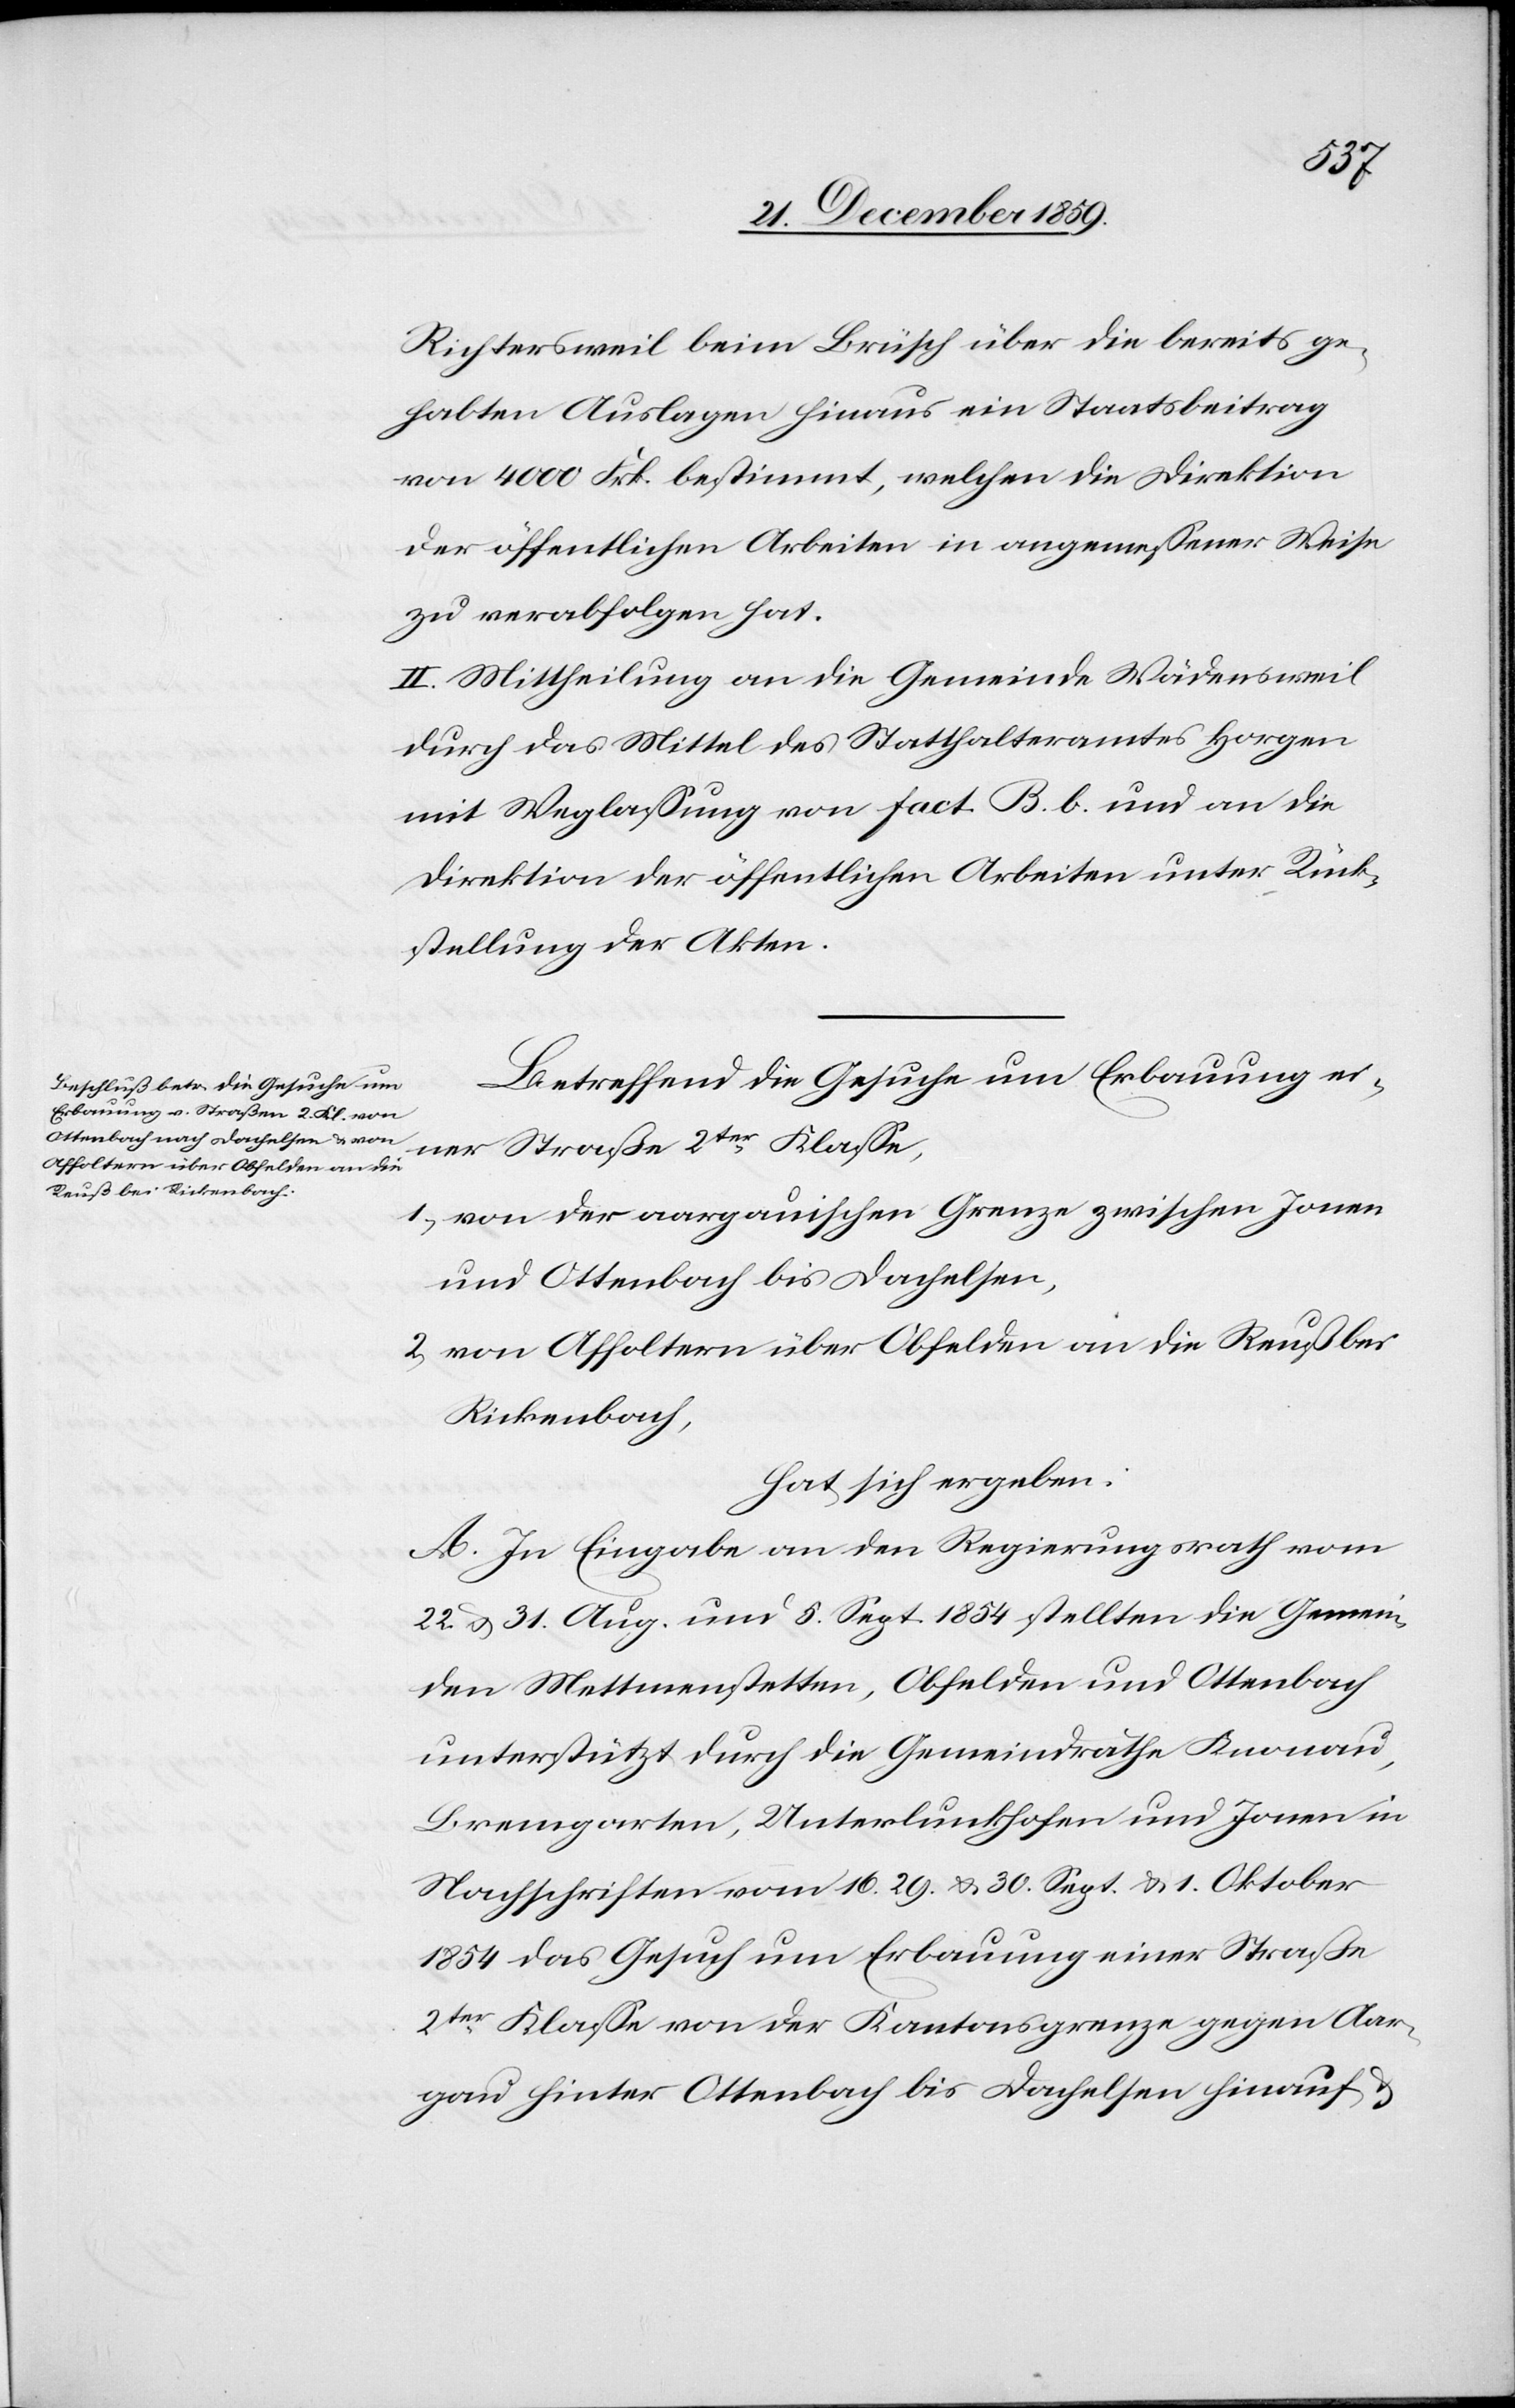
Richtersweil beim Brüsch über die bereits ge¬
habten Auslagen hinaus ein Staatsbeitrag
von 4000 Frk. bestimmt, welchen die Direktion
der öffentlichen Arbeiten in angemessener Weise
zu verabfolgen hat.
II. Mittheilung an die Gemeinde Wädensweil
durch das Mittel des Statthalteramtes Horgen
mit Weglassung von fact. B. b. und an die
Direktion der öffentlichen Arbeiten unter Rück¬
sendung der Akten.
Betreffend die Gesuche um Erbauung ei¬
ner Straße 2ter Klasse
1) von der aargauischen Grenze zwischen Jonen
und Ottenbach bis Dachelsen,
2) von Affoltern über Obfelden an die Reuß bei
Rickenbach,
hat sich ergeben:
A. In Eingabe an der Regierungsrath vom
22. u. 31 Aug. und 5. Sept. 1854 stellten die Gemein¬
den Mettmenstetten, Obfelden und Ottenbach
unterstützt durch die Gemeindräthe Knonau,
Bremgarten, Unterlunkhofen und Jonen in
Nachschriften vom 16.[,] 29. & 30. Sept. & 1. Oktober
1854 das Gesuch um Erbauung einer Straße
2ter Klasse von der Kantonsgrenze gegen Aar¬
gau hinter Ottenbach bis Dachelsen hinauf &